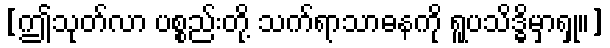
[ဤသုတ်လာ ပစ္စည်းတို့ သက်ရာသာဓနကို ရူပသိဒ္ဓိမှာရှု။]